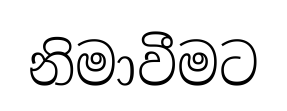
නිමාවීමට